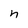
Character: n